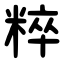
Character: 粹